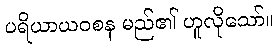
ပရိယာယဝစန မည်၏ ဟူလိုသော်။